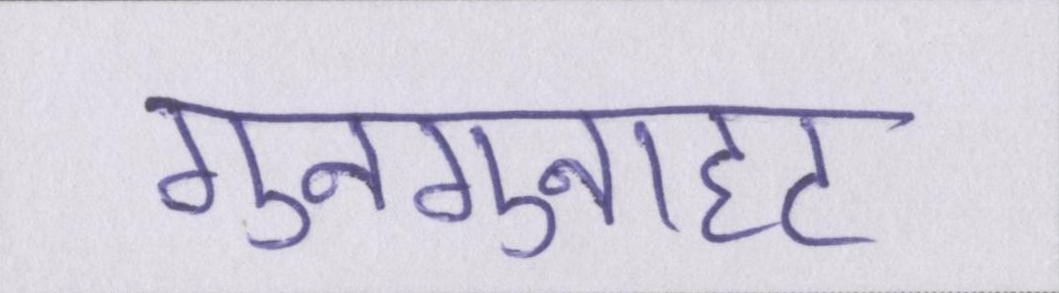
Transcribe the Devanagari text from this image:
गुनगुनाहट